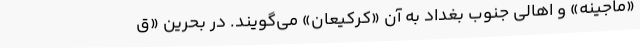
«ماجینه» و اهالی جنوب بغداد به آن «کرکیعان» می‌گویند. در بحرین «ق